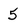
Character: 5